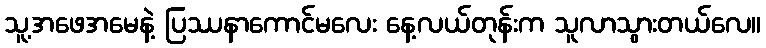
သူ့အဖေအမေနဲ့ ပြဿနာကောင်မလေး နေ့လယ်တုန်းက သူလာသွားတယ်လေ။